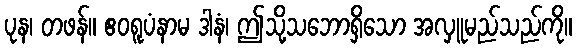
ပုန၊ တဖန်။ ဧဝရူပံနာမ ဒါနံ၊ ဤသို့သဘောရှိသော အလှူမည်သည်ကို။